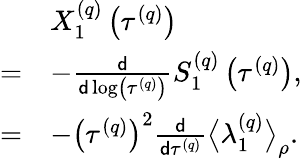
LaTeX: \begin{array}{rl}&{X_{1}^{\left(q\right)}\left(\tau^{\left(q\right)}\right)}\\ {=}&{-\frac{\mathsf{d}}{\mathsf{d}\log\left(\tau^{\left(q\right)}\right)}S_{1}^{\left(q\right)}\left(\tau^{\left(q\right)}\right),}\\ {=}&{-\left(\tau^{\left(q\right)}\right)^{2}\frac{\mathsf{d}}{\mathsf{d}\tau^{\left(q\right)}}\big\langle\lambda_{1}^{\left(q\right)}\big\rangle_{\rho}.}\end{array}